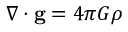
\nabla \cdot \mathbf { g } = 4 \pi G \rho \,